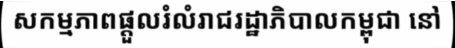
សកម្មភាពផ្តួលរំលំរាជរដ្ឋាភិបាលកម្ពុជា នៅ